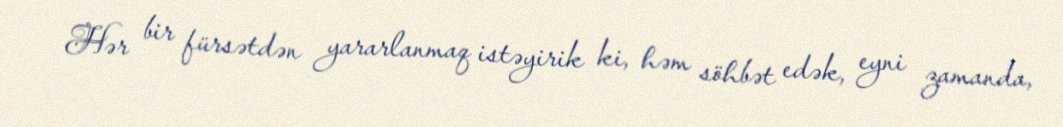
Hər bir fürsətdən yararlanmaq istəyirik ki, həm söhbət edək, eyni zamanda,